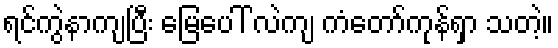
ရင်ကွဲနာကျပြီး မြေပေါ် လဲကျ ကံတော်ကုန်ရှာ သတဲ့။